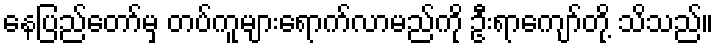
နေပြည်တော်မှ တပ်ကူများရောက်လာမည်ကို ဦးရာကျော်တို့ သိသည်။